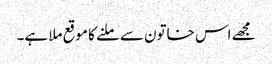
مجھے اس خاتون سے ملنے کا موقع ملا ہے۔